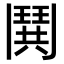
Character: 鬨